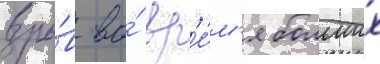
взры́в во́ вр'е́м'я больших